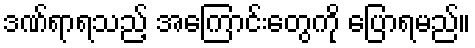
ဒဏ်ရာရသည့် အကြောင်းတွေကို ပြောရမည်။